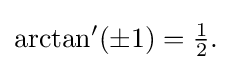
{\textstyle \arctan '(\pm 1)={\tfrac {1}{2}}.}